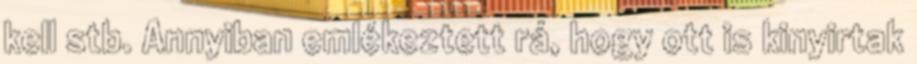
kell stb. Annyiban emlékeztett rá, hogy ott is kinyirtak